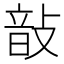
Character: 𢾑